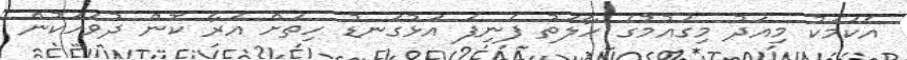
އެކަމަކު މިއަދު މިގައުމުގެ ހާލަތު ފެނިފަ އަޅުގަނޑު ހިތަށް އަރާ ކޮން ދުވަހަކުން